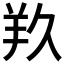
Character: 𮊣